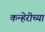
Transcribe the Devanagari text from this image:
कन्हेरीच्या